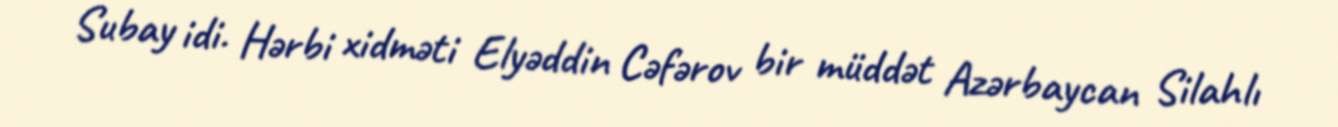
Subay idi. Hərbi xidməti Elyəddin Cəfərov bir müddət Azərbaycan Silahlı